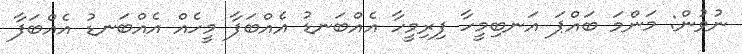
ނުވުން: މަންމަ ބައްޕަ އަނބިމީހާ ފިރިމީހާ އެއްބަނޑު އެއްބަފާ މީހެއް އެއްބަނޑު އެއްބަފާ